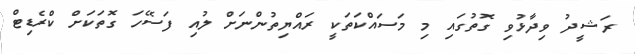
ރަޝީދު ވިދާޅުވި ގޮތުގައި މި މަސައްކަތަކީ ރައްޔިތުންނަށް ލުއި ފަސޭހަ ގޮތަކަށް ކްރެޑިޓް